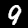
Label: 9